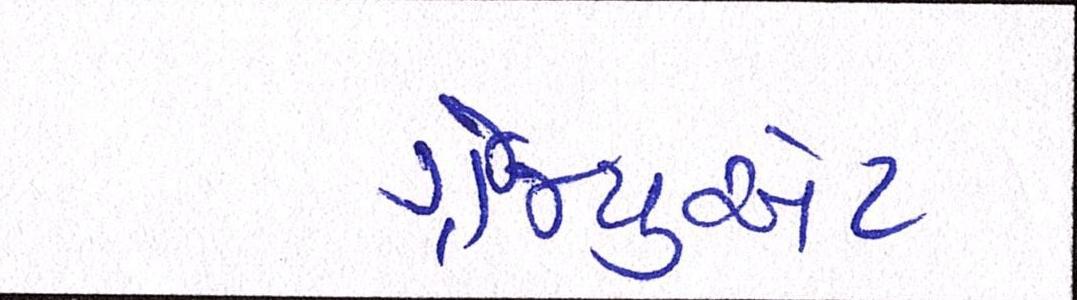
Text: ગ્રેજ્યુએટ